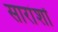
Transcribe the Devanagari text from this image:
सारांशों